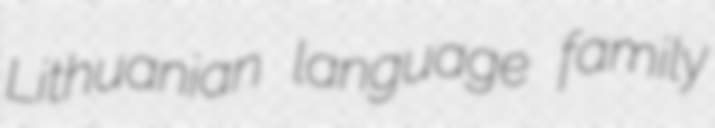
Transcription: Lithuanian language family